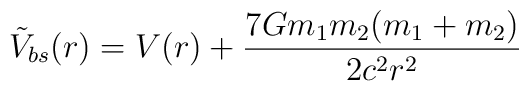
\tilde V_{bs} (r)= V(r) + {7 Gm_1m_2 (m_1+m_2)\over 2c^2 r^2}